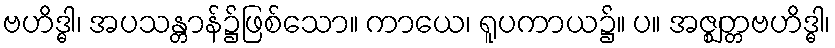
ဗဟိဒ္ဓါ၊ အပသန္တာန်၌ဖြစ်သော။ ကာယေ၊ ရူပကာယ၌။ ပ။ အဇ္ဈတ္တဗဟိဒ္ဓါ၊